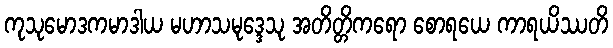
ကုသုမောဒကမာဒါယ မဟာသမုဒ္ဒေသု အတိတ္တိကရော စောရယေ ကာရယိဿတိ